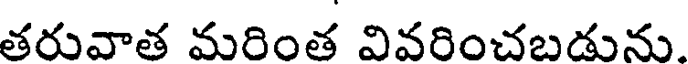
తరువాత మరింత వివరించబడును